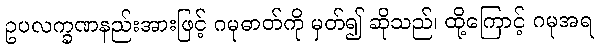
ဥပလက္ခဏနည်းအားဖြင့် ဂမုဓာတ်ကို မှတ်၍ ဆိုသည်၊ ထို့ကြောင့် ဂမုအရ